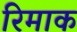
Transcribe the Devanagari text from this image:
रिमाक